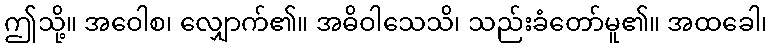
ဤသို့။ အဝေါစ၊ လျှောက်၏။ အဓိဝါသေသိ၊ သည်းခံတော်မူ၏။ အထခေါ၊